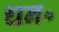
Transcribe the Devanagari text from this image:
धन॰